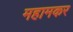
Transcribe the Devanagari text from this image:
महामकर